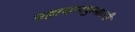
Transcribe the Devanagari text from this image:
महाराजकुमारनी